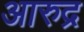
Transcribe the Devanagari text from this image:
आरुद्र